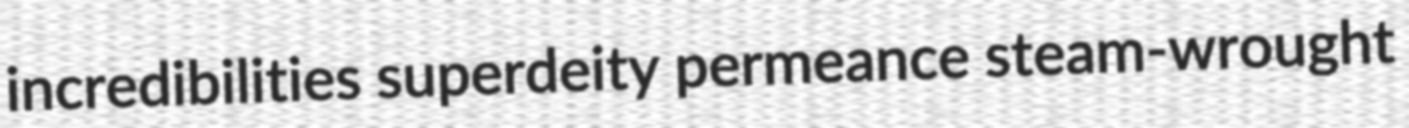
incredibilities superdeity permeance steam-wrought